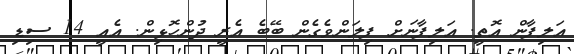
އަލިފާން އޮތީ. އަލިފާނަށް ފިލަންވެގެން ބޭބެ އެރީ ދުންހޮޅިން. އެއީ 14 ސިޑި